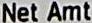
NET AMT